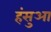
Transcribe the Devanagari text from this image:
हंसुआ